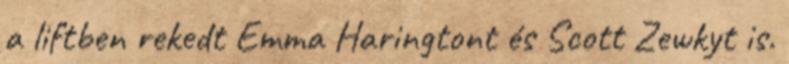
a liftben rekedt Emma Haringtont és Scott Zewkyt is.